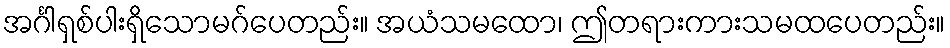
အင်္ဂါရှစ်ပါးရှိသောမဂ်ပေတည်း။ အယံသမထော၊ ဤတရားကားသမထပေတည်း။